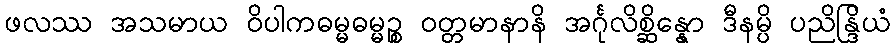
ဖလဿ အသမာယ ဝိပါကဓမ္မဓမ္မဉ္စ ဝတ္တမာနာနိ အင်္ဂုလိစ္ဆိန္နော ဒီနမ္ပိ ပညိန္ဒြိယံ